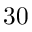
3 0